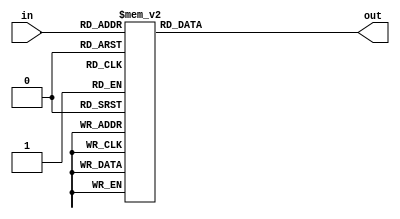
module seven_segment_decoder(out, in);
   output reg [6:0] out;
   input      [3:0] in;

always @ (in)
   begin
        out = 0;
	case (in)
	   0: out = 7'b1000000;
	   1: out = 7'b1111001;
	   2: out = 7'b0100100;
	   3: out = 7'b0110000;
	   4: out = 7'b0011001;
	   5: out = 7'b0010010;
	   6: out = 7'b0000010;
	   7: out = 7'b1111000;
	   8: out = 7'b0000000;
	   9: out = 7'b0010000;
	   default: out = 7'b1000000;
        endcase
   end
endmodule